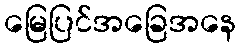
မြေပြင်အခြေအနေ